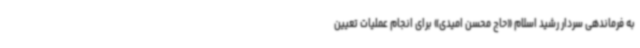
به فرماندهی سردار رشید اسلام «حاج محسن امیدی» برای انجام عملیات تعیین